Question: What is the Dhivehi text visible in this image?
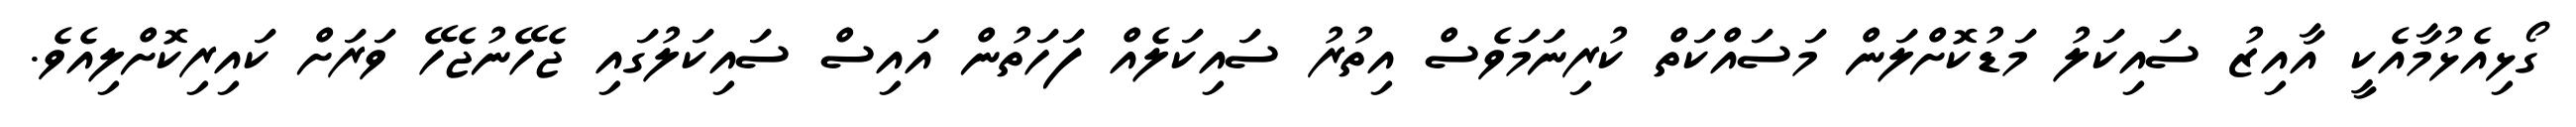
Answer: ގޯޅިއެޅުމާއެކީ އާއިޒު ސައިކަލު މަޑުކޮށްލަން މަސައްކަތް ކުރިނަމަވެސް އިތުރު ސައިކަލެއް ފަހަތުން އައިސް ސައިކަލުގައި ޖެހޭނުޖެހޭ ވަރަށް ކައިރިކޮށްލިއެވެ.